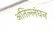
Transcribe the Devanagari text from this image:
अतिल्लंघन